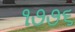
૧૭૭૬